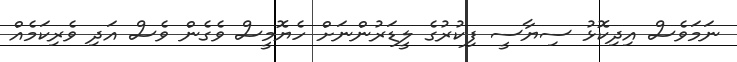
ނަމަވެސް އިދިކޮޅު ސިޔާސީ ފިކުރުގެ ލީޑަރުންނަށް ހެޔޮމީސް ވެގެން ވެސް އަދި ވެރިކަމެއް